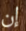
إن